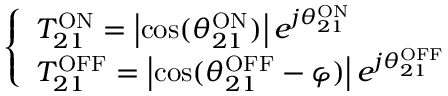
\left\{ \begin{array} { l } { T _ { 2 1 } ^ { \mathrm { O N } } = \left| \cos ( \theta _ { 2 1 } ^ { \mathrm { O N } } ) \right| e ^ { j \theta _ { 2 1 } ^ { \mathrm { O N } } } } \\ { T _ { 2 1 } ^ { \mathrm { O F F } } = \left| \cos ( \theta _ { 2 1 } ^ { \mathrm { O F F } } - \varphi ) \right| e ^ { j \theta _ { 2 1 } ^ { \mathrm { O F F } } } } \end{array} \right.